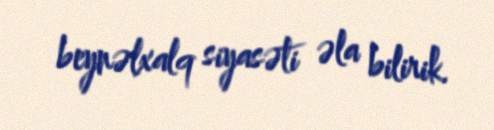
beynəlxalq siyasəti əla bilirik.